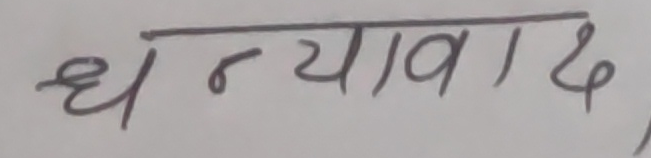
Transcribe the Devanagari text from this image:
धन्यवाद